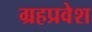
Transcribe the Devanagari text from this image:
ग्रहप्रवेश